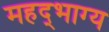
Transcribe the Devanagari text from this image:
महद्‌भाग्य